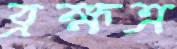
ব্রহ্মত্র